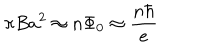
\pi B a ^ { 2 } \approx n \Phi _ { 0 } \approx \frac { n \hbar } { e }